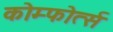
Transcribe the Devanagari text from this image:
कोम्फोर्त्स